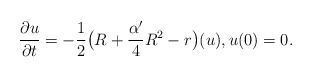
\begin{align*}\frac{\partial u}{\partial t}=-\frac{1}{2}\big(R+\frac{\alpha'}{4}R^2-r\big)(u),u(0)=0.\end{align*}